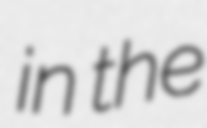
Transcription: in the